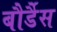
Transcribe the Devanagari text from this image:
बौर्डैस